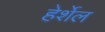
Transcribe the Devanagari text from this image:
हेर्शेल